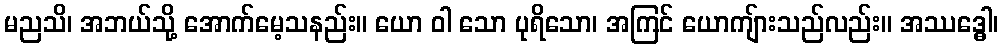
မညသိ၊ အဘယ်သို့ အောက်မေ့သနည်း။ ယော ဝါ သော ပုရိသော၊ အကြင် ယောကျ်ားသည်လည်း။ အဿဒ္ဓေါ၊